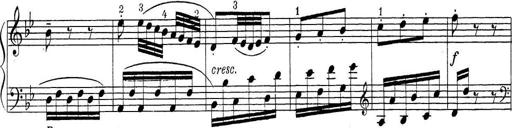
Title: ÄŒeskÃ© Sonatiny
Composer: Various